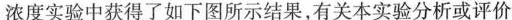
浓度实验中获得了如下图所示结果，有关本实验分析或评价